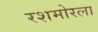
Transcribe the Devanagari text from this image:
रशमोरला